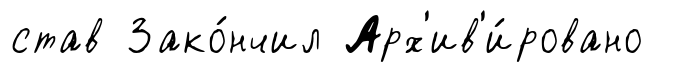
став Зако́нчил Арх'ив'и́ровано